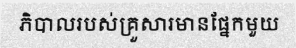
ភិបាលរបស់គ្រួសារមានផ្នែកមួយ